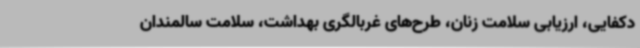
دکفایی، ارزیابی سلامت زنان، طرح‌های غربالگری بهداشت، سلامت سالمندان